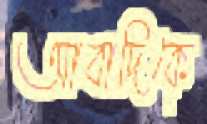
আবাদিকে